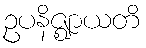
ဥပနိဇ္ဈာယတိ